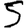
Digit: 5